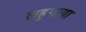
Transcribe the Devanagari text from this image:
लहुगाया